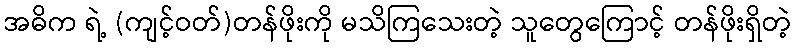
အဓိက ရဲ့ (ကျင့်ဝတ်)တန်ဖိုးကို မသိကြသေးတဲ့ သူတွေကြောင့် တန်ဖိုးရှိတဲ့